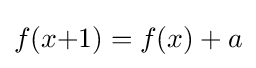
f(x{+}1)=f(x)+a